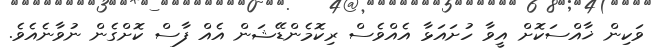
ވަކިން ޚާއްސަކޮށް އީވާ ހުށައަޅާ އެއްވެސް ރިކޮމެންޑޭޝަން އެއް ފާސް ކޮށްގެން ނުވާނެއެވެ.